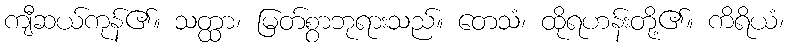
ကျီဆယ်ကုန်၏။ သတ္ထာ၊ မြတ်စွာဘုရားသည်။ တေသံ၊ ထိုရဟန်းတို့၏။ ကိရိယံ၊